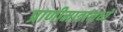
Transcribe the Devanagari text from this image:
प्राणीमात्रांमध्ये